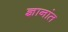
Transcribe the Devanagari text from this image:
ज्ञानांत